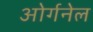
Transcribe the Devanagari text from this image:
ओर्गनेल